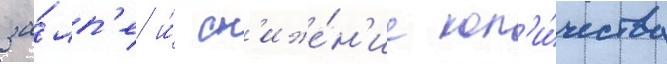
за́лп'е и́ сн'иже́н'ие кол'и́чества